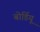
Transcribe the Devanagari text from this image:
बोर्डियू